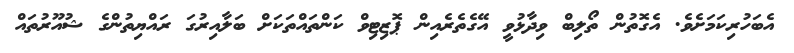
އެބަހުރިކަމަށެވެ. އެގޮތުން ތޯލިބް ވިދާޅުވީ އޭގެތެރެއިން ޕޮޒިޓިވް ކަންތައްތަކަށް ބަލާއިރުގަ ރައްޔިތުންގެ ޝުއޫރުތައް